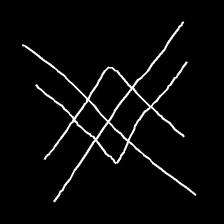
Glyph: crystal